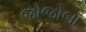
જોજોબા